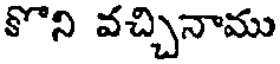
కొని వచ్చినాము